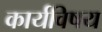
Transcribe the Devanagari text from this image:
कार्यविषय